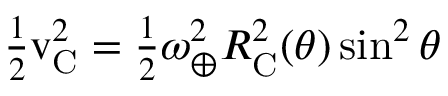
{ \textstyle \frac { 1 } { 2 } } \boldsymbol { \mathrm { v } } _ { \mathrm { C } } ^ { 2 } = { \textstyle \frac { 1 } { 2 } } \omega _ { \oplus } ^ { 2 } R _ { \mathrm { C } } ^ { 2 } ( \theta ) \sin ^ { 2 } \theta